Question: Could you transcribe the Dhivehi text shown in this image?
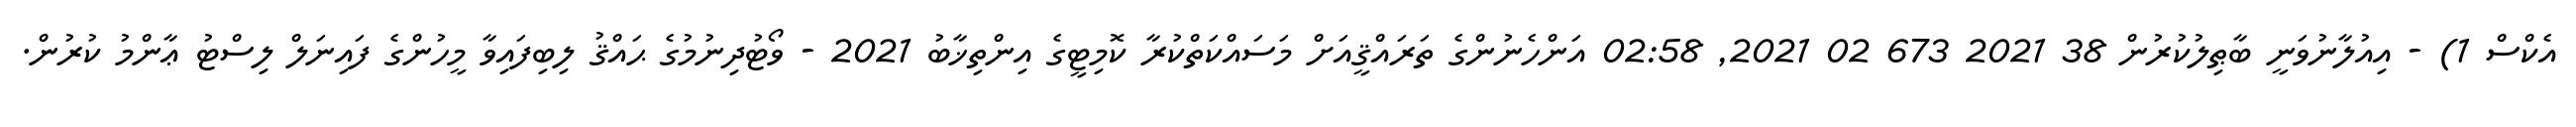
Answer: އެކްސް 1) - އިއުލާނުވަނީ ބާޠިލުކުރުން 38 2021 673 02 2021, 02:58 އަންހެނުންގެ ތަރައްޤީއަށް މަސައްކަތްކުރާ ކޮމިޓީގެ އިންތިޚާބު 2021 - ވޯޓުދިނުމުގެ ޙައްޤު ލިބިފައިވާ މީހުންގެ ފައިނަލް ލިސްޓު ޢާންމު ކުރުން.